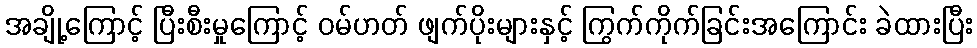
အချို့ကြောင့် ပြီးစီးမှုကြောင့် ဝမ်ဟတ် ဖျက်ပိုးများနှင့် ကြွက်ကိုက်ခြင်းအကြောင်း ခဲထားပြီး